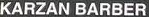
KARZAN BARBER